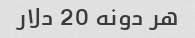
هر دونه 20 دلار